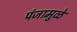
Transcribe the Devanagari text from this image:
पंजामुळे